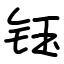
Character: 钰